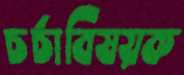
চর্চাবিষয়ক